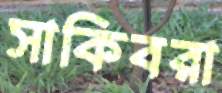
সাকিবরা